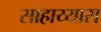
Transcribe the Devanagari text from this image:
साहाय्यास